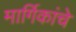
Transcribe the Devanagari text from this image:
मार्गिकांचे